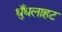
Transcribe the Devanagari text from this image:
धुँधलाहट